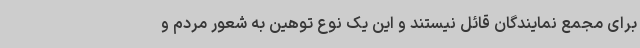
برای مجمع نمایندگان قائل نیستند و این یک نوع توهین به شعور مردم و